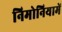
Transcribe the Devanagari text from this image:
निमोनियामें